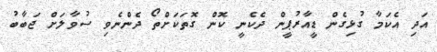
އަދި އެކަމާ ގުޅިގެން ޑީއާރުޕީން ދެކެނީ ކޮން ގޮތަކަށްތޯ ދެންނެވި ސުވާލަށް ޖަބާބު